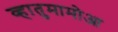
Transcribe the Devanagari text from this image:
व्हातुमामोआ